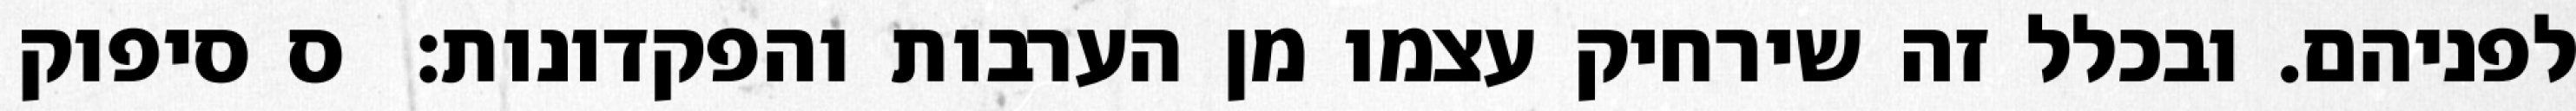
לפניהם. ובכלל זה שירחיק עצמו מן הערבות והפקדונות:  ס סיפוק